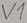
Text: v1